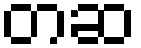
တဆ